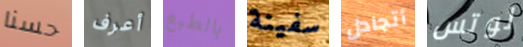
حسنا أعرف بالطبع سفينة أتجادل لوتس